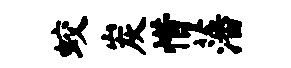
蛟炭惜藩